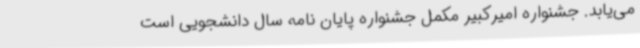
می‌یابد. جشنواره امیرکبیر مکمل جشنواره پایان نامه سال دانشجویی است